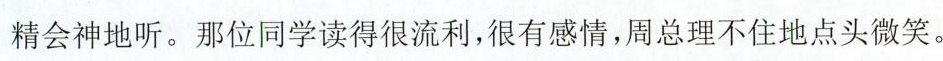
精会神地听。那位同学读得很流利，很有感情，周总理不住地点头微笑。